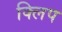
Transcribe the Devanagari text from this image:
क्‍िलप